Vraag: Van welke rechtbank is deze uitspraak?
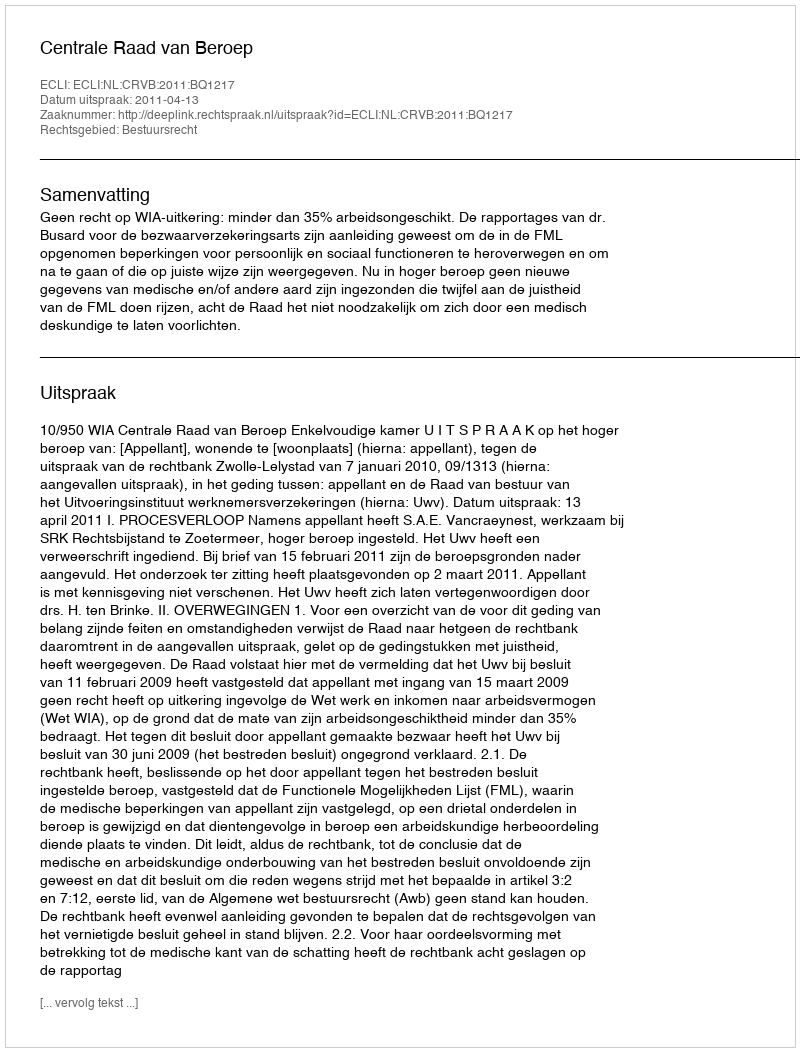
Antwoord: Centrale Raad van Beroep